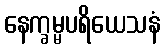
နေက္ခမ္မပရိယေသနံ